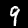
Digit: 9